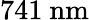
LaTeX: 741~\mathrm{nm}